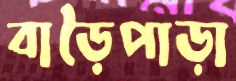
বাড়ৈপাড়া